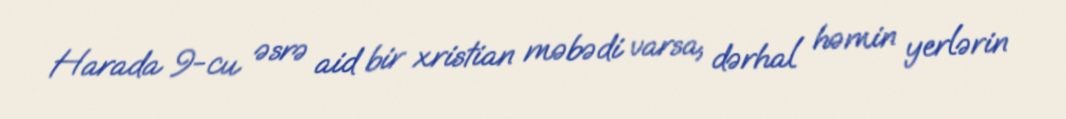
Harada 9-cu əsrə aid bir xristian məbədi varsa, dərhal həmin yerlərin